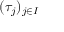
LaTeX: ( \tau _ { j } ) _ { j \in I }